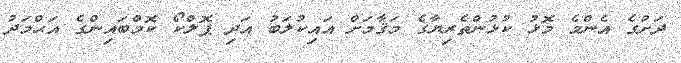
ދަށުގެ އެންމެ މޮޅު ކުޅުންތެރިޔާގެ މަޤާމަށް އައިކުލަބު އަދި ޕޮލްކޯ ކޮމްބައިންގެ އަޙްމަދު